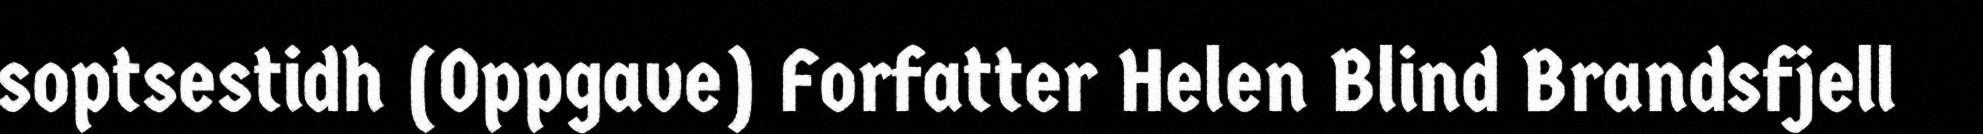
soptsestidh (Oppgave) Forfatter Helen Blind Brandsfjell